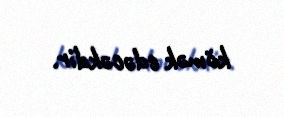
kömək edəcəkdir.